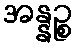
အန္နဉ္စ